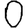
Digit: 0